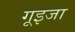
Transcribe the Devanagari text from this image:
गूइजा